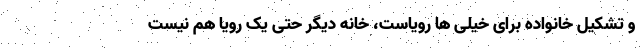
و تشکیل خانواده برای خیلی ها رویاست، خانه دیگر حتی یک رویا هم نیست